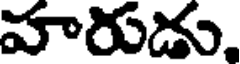
వారుడు,